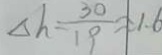
\Delta h = \frac { 3 0 } { 1 9 } = 1 . 6